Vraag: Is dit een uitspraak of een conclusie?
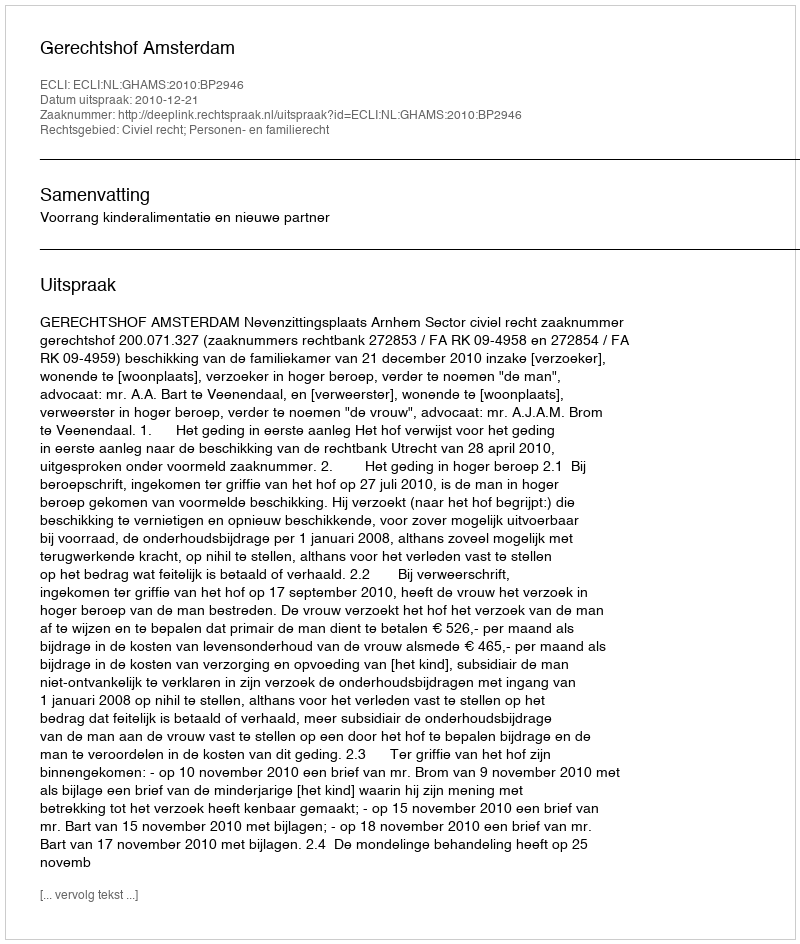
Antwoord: Uitspraak